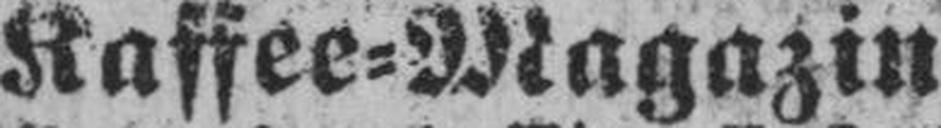
Kaffee=Magazin